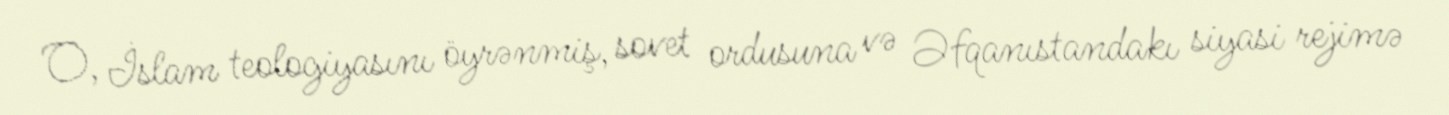
O, İslam teologiyasını öyrənmiş, sovet ordusuna və Əfqanıstandakı siyasi rejimə